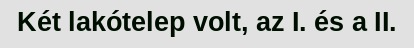
Két lakótelep volt, az I. és a II.